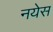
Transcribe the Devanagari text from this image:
नयेस